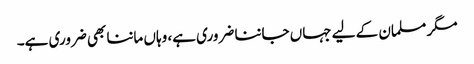
مگر مسلمان کے لیے جہاں جاننا ضروری ہے، وہاں ماننا بھی ضروری ہے۔